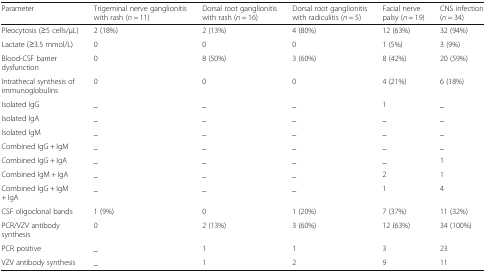
| Parameter | Trigeminal nerve ganglionitis with rash (n = 11) | Dorsal root ganglionitis with rash (n = 16) | Dorsal root ganglionitis with radiculitis (n = 5) | Facial nerve palsy (n = 19) | CNS infection (n = 34) |
 | --- | --- | --- | --- | --- | --- |
 | Pleocytosis (≥5 cells/μL) | 2 (18%) | 2 (13%) | 4 (80%) | 12 (63%) | 32 (94%) |
 | Lactate (≥3.5 mmol/L) | 0 | 0 | 0 | 1 (5%) | 3 (9%) |
 | Blood-CSF barrier dysfunction | 0 | 8 (50%) | 3 (60%) | 8 (42%) | 20 (59%) |
 | Intrathecal synthesis of immunoglobulins | 0 | 0 | 0 | 4 (21%) | 6 (18%) |
 | Isolated IgG | _ | _ | _ | 1 | _ |
 | Isolated IgA | _ | _ | _ | _ | _ |
 | Isolated IgM | _ | _ | _ | _ | _ |
 | Combined IgG + IgM | _ | _ | _ | _ | _ |
 | Combined IgG + IgA | _ | _ | _ | _ | 1 |
 | Combined IgM + IgA | _ | _ | _ | 2 | 1 |
 | Combined IgG + IgM + IgA | _ | _ | _ | 1 | 4 |
 | CSF oligoclonal bands | 1 (9%) | 0 | 1 (20%) | 7 (37%) | 11 (32%) |
 | PCR/VZV antibody synthesis | 0 | 2 (13%) | 3 (60%) | 12 (63%) | 34 (100%) |
 | PCR positive | _ | 1 | 1 | 3 | 23 |
 | VZV antibody synthesis | _ | 1 | 2 | 9 | 11 |